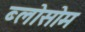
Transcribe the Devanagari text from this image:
ब्लोसोम